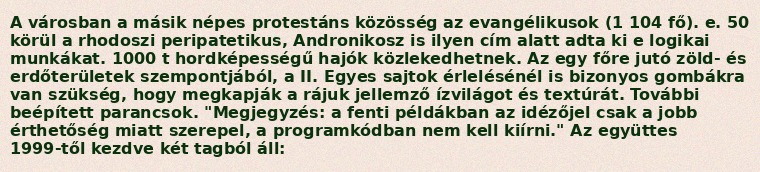
A városban a másik népes protestáns közösség az evangélikusok (1 104 fő). e. 50 körül a rhodoszi peripatetikus, Andronikosz is ilyen cím alatt adta ki e logikai munkákat. 1000 t hordképességű hajók közlekedhetnek. Az egy főre jutó zöld- és erdőterületek szempontjából, a II. Egyes sajtok érlelésénél is bizonyos gombákra van szükség, hogy megkapják a rájuk jellemző ízvilágot és textúrát. További beépített parancsok. "Megjegyzés: a fenti példákban az idézőjel csak a jobb érthetőség miatt szerepel, a programkódban nem kell kiírni." Az együttes 1999-től kezdve két tagból áll: